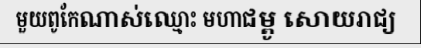
មួយពូកែណាស់ឈ្មោះ មហាជម្ពូ សោយរាជ្យ